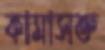
কামাসক্ত